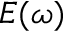
E ( \omega )